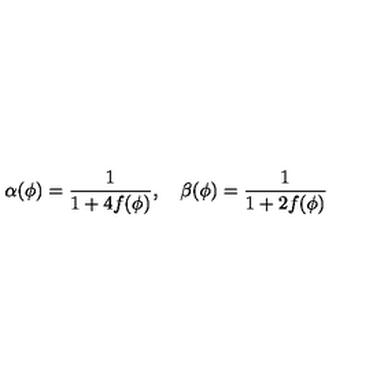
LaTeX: \alpha ( \phi ) = { \frac { 1 } { 1 + 4 f ( \phi ) } } , \quad \beta ( \phi ) = { \frac { 1 } { 1 + 2 f ( \phi ) } }